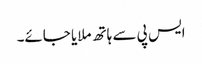
ایس پی سے ہاتھ ملایا جائے۔